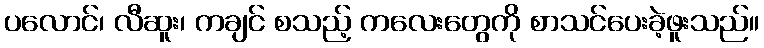
ပလောင်၊ လီဆူး၊ ကချင် စသည့် ကလေးတွေကို စာသင်ပေးခဲ့ဖူးသည်။